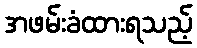
အဖမ်းခံထားရသည့်